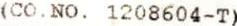
(CO.NO. 1208604-T)